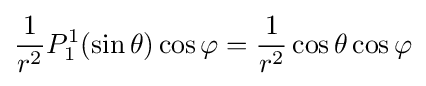
{\frac {1}{r^{2}}}P_{1}^{1}(\sin \theta )\cos \varphi ={\frac {1}{r^{2}}}\cos \theta \cos \varphi